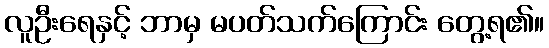
လူဦးရေနှင့် ဘာမှ မပတ်သက်ကြောင်း တွေ့ရ၏။